Annual administration report of the Bombay Presidency - 1887-1892
Year: 1887
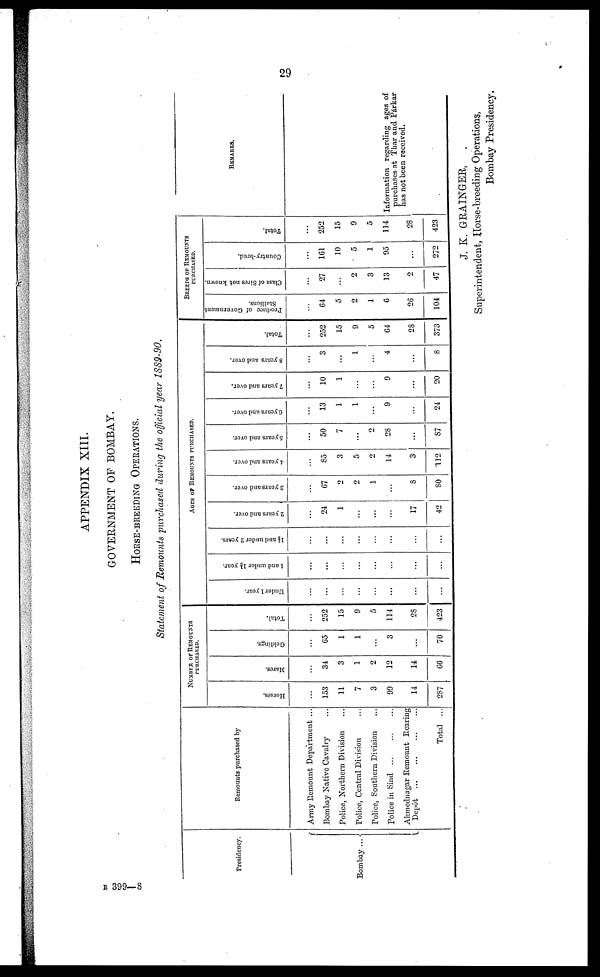
29
APPENDIX XIII.
GOVERNMENT OF BOMBAY.
HORSE-BREEDING OPERATIONS.
Statement of Remounts purchased during the official year 1889-90.
Presidency.
Bombay ...
Remounts purchased by
Army Remount Department ...
Bombay Native Cavalry ...
Police, Northern Division ...
Police, Central Division ...
Police, Southern Division ...
Police in Sind ... ... ...
Ahmednagar Remount Rearing
Depot
Total ...
NUMBER OF REMOUNTS
PURCHASED.
Horses.
153
11
7
3
90
14
287
Mares.
34
3
1
2
12
14
66
Geldings.
65
1
1
...
3
...
70
Total.
252
15
9
5
114
28
423
AGES OF REMOUNTS PURCHASED.
Under 1 year.
...
...
...
...
...
...
...
1 and under 1½ year.
...
...
...
...
...
...
...
1½
and under 2 years.
...
...
...
...
...
...
...
2 years and over.
24
1
...
...
...
17
42
3 years and over.
67
2
2
1
...
8
80
4 years and over.
85
3
5
2
14
3
112
5 years and over.
50
7
...
2
28
...
87
6 years and over.
13
1
1
...
9
...
24
7 years and over.
10
1
...
...
9
...
20
8 years and over.
...
3
...
1
...
4
...
8
Total.
...
252
15
9
5
64
28
373
BREEDS OF REMOUNTS
PURCHASED.
Produce
of Government
Stallions.
...
64
5
2
1
6
26
104
Class of Sires not known.
...
27
...
2
3
13
2
47
Country-bred.
161
10
5
1
95
...
272
Total.
252
15
9
5
114
28
423
REMARKS.
Information regarding ages of
purchases at Thar and Párkar
has not been received.
J. K. GRAINGER,
Superintendent, Horse-breeding Operations,
Bombay Presidency.
B 399—8